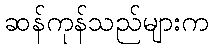
ဆန်ကုန်သည်များက